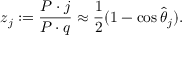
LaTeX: z _ { j } : = \frac { P \cdot j } { P \cdot q } \approx \frac { 1 } { 2 } ( 1 - \cos \hat { \theta } _ { j } ) .